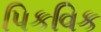
પિકવિક